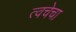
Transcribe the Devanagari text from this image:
त्‍वचेचा